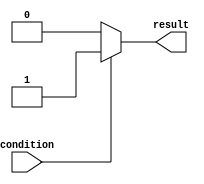
module if_else_statement(
    input wire condition,
    output reg result
);

always @(*) begin
    if(condition) begin
        // action to be performed when the condition is true
        result <= 1'b1;
    end
    else begin
        // action to be performed when the condition is false
        result <= 1'b0;
    end
end

endmodule